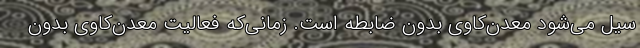
سیل می‌شود معدن‌کاوی بدون ضابطه است. زمانی‌که فعالیت معدن‌کاوی بدون